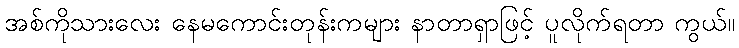
အစ်ကိုသားလေး နေမကောင်းတုန်းကများ နာတာရှာဖြင့် ပူလိုက်ရတာ ကွယ်။